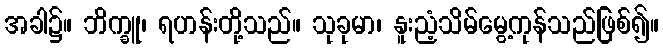
အခါ၌။ ဘိက္ခူ၊ ရဟန်းတို့သည်။ သုခုမာ၊ နူးညံ့သိမ်မွေ့ကုန်သည်ဖြစ်၍။